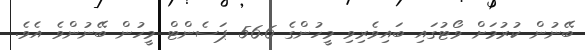
ބޭނުން ކުރުމަށް ވޯޓުގައި ބައިވެރިވި މީހުންގެ 56.6 ޕަސެންޓް މީހުން ބޭނުންވެ އެވެ.